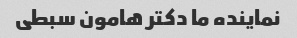
نماینده ما دکتر هامون سبطی